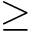
\geq